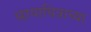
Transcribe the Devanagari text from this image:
छायाचित्राच्या